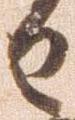
日